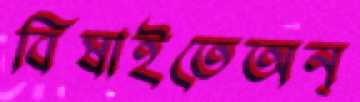
বিষাইতেঅন্